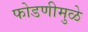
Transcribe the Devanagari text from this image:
फोडणीमुळे